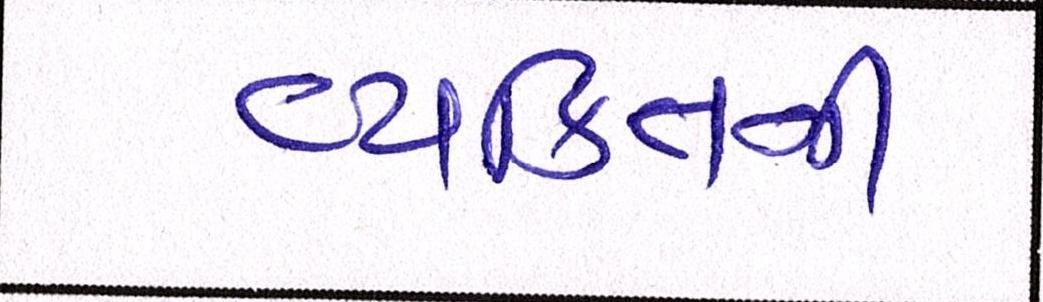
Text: વ્યકિતની